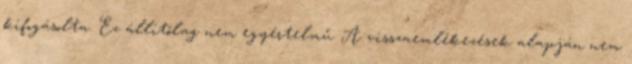
kifogásolta. Ez állítólag nem egyértelmű. A visszaemlékezések alapján nem